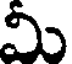
మీ